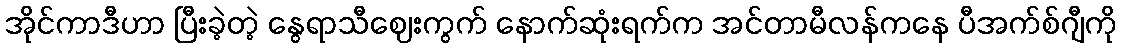
အိုင်ကာဒီဟာ ပြီးခဲ့တဲ့ နွေရာသီဈေးကွက် နောက်ဆုံးရက်က အင်တာမီလန်ကနေ ပီအက်စ်ဂျီကို